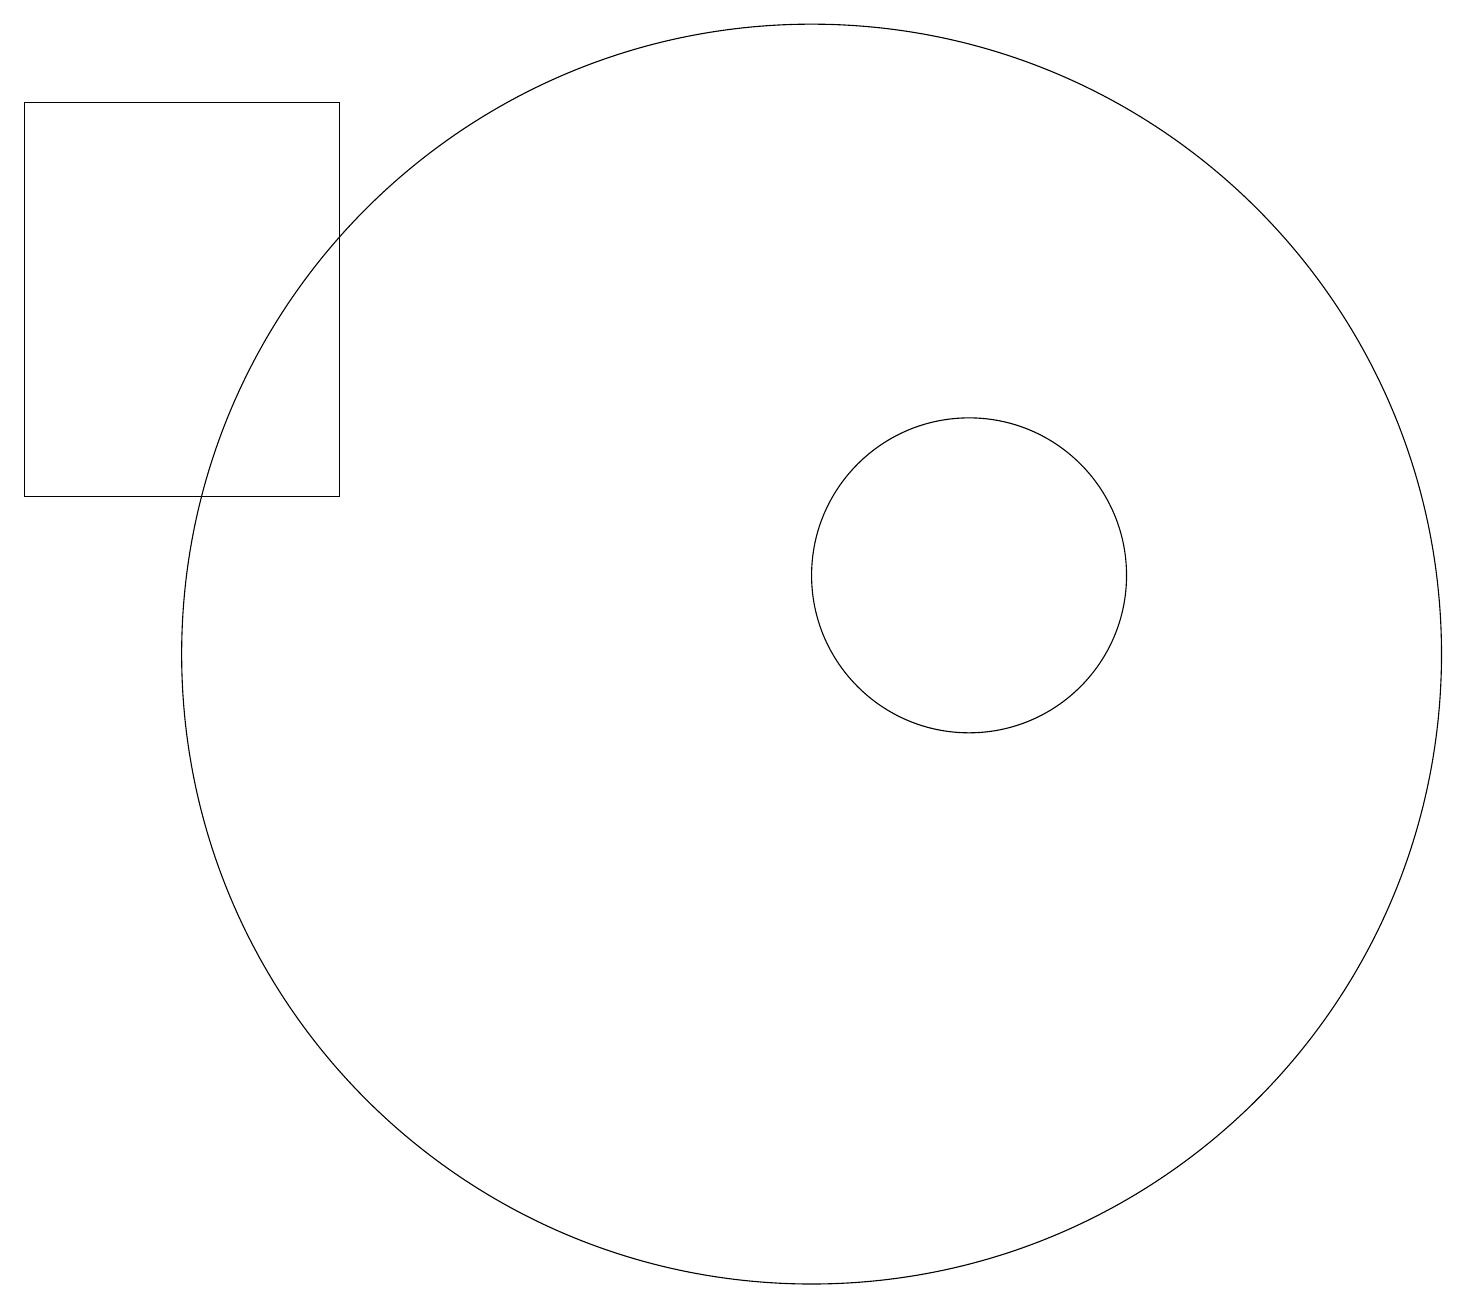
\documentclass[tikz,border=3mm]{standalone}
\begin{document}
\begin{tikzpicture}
\draw (10,10) circle (8);
\draw (12,11) circle (2);
\draw (4,17) rectangle (0,12);
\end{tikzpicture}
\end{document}